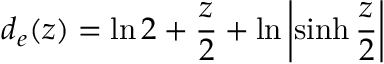
d _ { e } ( z ) = \ln 2 + { \frac { z } { 2 } } + \ln \left| \sinh { \frac { z } { 2 } } \right|